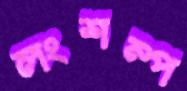
লংশম্প